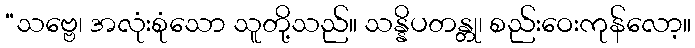
“သဗ္ဗေ၊ အလုံးစုံသော သူတို့သည်။ သန္နိပတန္တု၊ စည်းဝေးကုန်လော့။